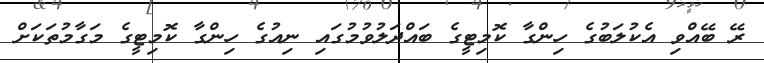
ރޭ ބޭއްވި އެކުލަބުގެ ހިންގާ ކޮމިޓީގެ ބައްދަލުވުމުގައި ނިއުގެ ހިންގާ ކޮމިޓީގެ މަގާމުތަކަށް